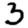
Digit: 3